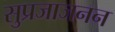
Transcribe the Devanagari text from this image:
सुप्रजाजनन